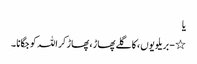
یا
٭ - بریلویوں ، کا گلے پھاڑ ، پھاڑ کر اللہ کو جگانا ۔